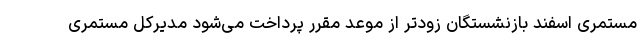
مستمری اسفند بازنشستگان زودتر از موعد مقرر پرداخت می‌شود مدیرکل مستمری